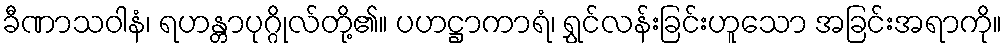
ခီဏာသဝါနံ၊ ရဟန္တာပုဂ္ဂိုလ်တို့၏။ ပဟဋ္ဌာကာရံ၊ ရွှင်လန်းခြင်းဟူသော အခြင်းအရာကို။